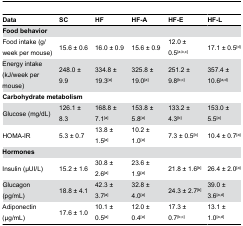
<table><thead><tr><td><b>Data</b></td><td><b>SC</b></td><td><b>HF</b></td><td><b>HF-A</b></td><td><b>HF-E</b></td><td><b>HF-L</b></td></tr></thead><tbody><tr><td><b>Food behavior</b></td><td></td><td></td><td></td><td></td><td></td></tr><tr><td>Food intake (g/week per mouse)</td><td>15.6 ± 0.6</td><td>16.0 ± 0.9</td><td>15.6 ± 0.9</td><td>12.0 ± 0.5<sup>[a,b,c]</sup></td><td>17.1 ± 0.5<sup>[d]</sup></td></tr><tr><td>Energy intake (kJ/week per mouse)</td><td>248.0 ± 9.9</td><td>334.8 ± 19.3<sup>[a]</sup></td><td>325.8 ± 19.0<sup>[a]</sup></td><td>251.2 ± 9.8<sup>[b,c]</sup></td><td>357.4 ± 10.6<sup>[a,d]</sup></td></tr><tr><td colspan="3"><b>Carbohydrate metabolism</b></td><td></td><td></td><td></td></tr><tr><td>Glucose (mg/dL)</td><td>126.1 ± 8.3</td><td>168.8 ± 7.1<sup>[a]</sup></td><td>153.8 ± 5.8<sup>[a]</sup></td><td>133.2 ± 4.3<sup>[b]</sup></td><td>153.0 ± 5.5<sup>[a]</sup></td></tr><tr><td>HOMA-IR</td><td>5.3 ± 0.7</td><td>13.8 ± 1.5<sup>[a]</sup></td><td>10.2 ± 1.0<sup>[a]</sup></td><td>7.3 ± 0.5<sup>[b]</sup></td><td>10.4 ± 0.7<sup>[a]</sup></td></tr><tr><td><b>Hormones</b></td><td></td><td></td><td></td><td></td><td></td></tr><tr><td>Insulin (μUI/L)</td><td>15.2 ± 1.6</td><td>30.8 ± 2.6<sup>[a]</sup></td><td>23.6 ± 1.9<sup>[a]</sup></td><td>21.8 ± 1.6<sup>[b]</sup></td><td>26.4 ± 2.0<sup>[a]</sup></td></tr><tr><td>Glucagon (pg/mL)</td><td>18.8 ± 4.1</td><td>42.3 ± 3.7<sup>[a]</sup></td><td>32.8 ± 4.0<sup>[a]</sup></td><td>24.3 ± 2.7<sup>[b]</sup></td><td>39.0 ± 3.6<sup>[a,d]</sup></td></tr><tr><td>Adiponectin (μg/mL)</td><td>17.6 ± 1.0</td><td>10.1 ± 0.5<sup>[a]</sup></td><td>12.0 ± 0.4<sup>[a]</sup></td><td>17.3 ± 0.7<sup>[b,c]</sup></td><td>13.1 ± 1.0<sup>[a,d]</sup></td></tr></tbody></table>